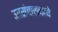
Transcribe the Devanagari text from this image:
उपसंचालकाचे